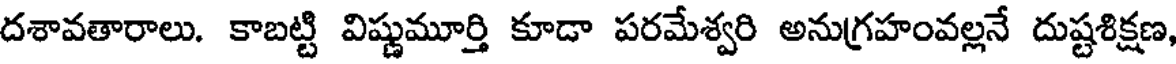
దశావతారాలు. కాబట్టి విష్ణుమూర్తి కూడా పరమేశ్వరి అనుగ్రహంవల్లనే దుష్టశిక్షణ,